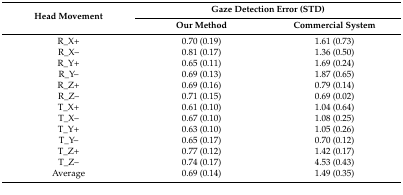
<table><thead><tr><td rowspan="2"><b>Head Movement</b></td><td colspan="2"><b>Gaze Detection Error (STD)</b></td></tr><tr><td><b>Our Method</b></td><td><b>Commercial System</b></td></tr></thead><tbody><tr><td>R_X+</td><td>0.70 (0.19)</td><td>1.61 (0.73)</td></tr><tr><td>R_X–</td><td>0.81 (0.17)</td><td>1.36 (0.50)</td></tr><tr><td>R_Y+</td><td>0.65 (0.11)</td><td>1.69 (0.24)</td></tr><tr><td>R_Y–</td><td>0.69 (0.13)</td><td>1.87 (0.65)</td></tr><tr><td>R_Z+</td><td>0.69 (0.16)</td><td>0.79 (0.14)</td></tr><tr><td>R_Z–</td><td>0.71 (0.15)</td><td>0.69 (0.02)</td></tr><tr><td>T_X+</td><td>0.61 (0.10)</td><td>1.04 (0.64)</td></tr><tr><td>T_X–</td><td>0.67 (0.10)</td><td>1.08 (0.25)</td></tr><tr><td>T_Y+</td><td>0.63 (0.10)</td><td>1.05 (0.26)</td></tr><tr><td>T_Y–</td><td>0.65 (0.17)</td><td>0.70 (0.12)</td></tr><tr><td>T_Z+</td><td>0.77 (0.12)</td><td>1.42 (0.17)</td></tr><tr><td>T_Z–</td><td>0.74 (0.17)</td><td>4.53 (0.43)</td></tr><tr><td>Average</td><td>0.69 (0.14)</td><td>1.49 (0.35)</td></tr></tbody></table>